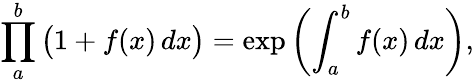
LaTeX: \prod_{a}^{b}{\big(}1+f(x)\, dx{\big)}=\exp\left(\int_{a}^{b}f(x)\, dx\right),